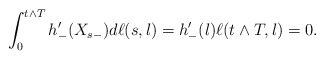
\begin{align*}\int_0^{t\wedge T}h'_-(X_{s-})d\ell(s,l)=h'_-(l)\ell(t\wedge T,l)=0.\end{align*}